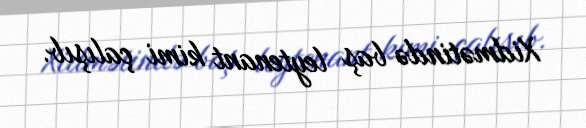
Xidmətində baş leytenant kimi çalışıb.